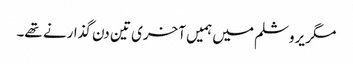
مگر یروشلم میں ہمیں آخری تین دن گذارنے تھے۔